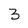
Character: 3